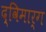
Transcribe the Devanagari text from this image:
द्विमार्ग